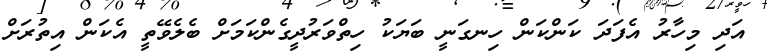
އަދި މިހާރު އެފަދަ ކަންކަން ހިނގަނީ ބަޔަކު ހިތްވަރުދީގެންކަމަށް ބެލެވޭތީ އެކަން އިތުރަށް